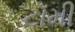
ટૉમી